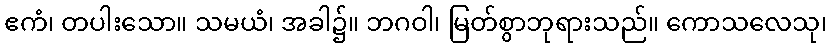
ဧကံ၊ တပါးသော။ သမယံ၊ အခါ၌။ ဘဂဝါ၊ မြတ်စွာဘုရားသည်။ ကောသလေသု၊